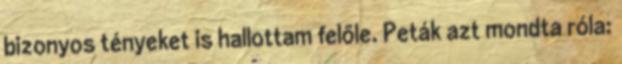
bizonyos tényeket is hallottam felőle. Peták azt mondta róla: